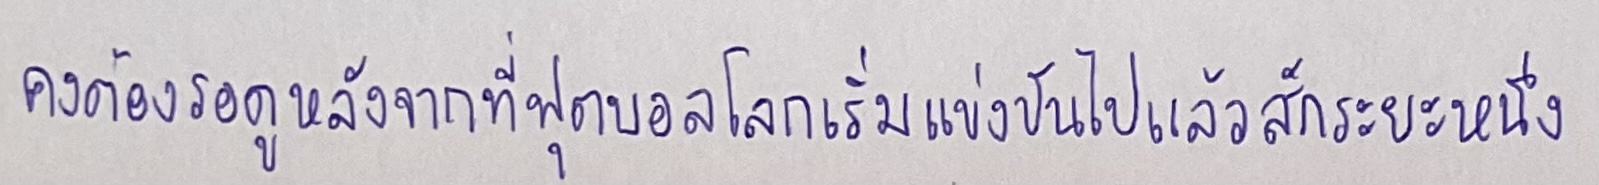
"คงต้องรอดูหลังจากที่ฟุตบอลโลกเริ่มแข่งขันไปแล้วสักระยะหนึ่ง